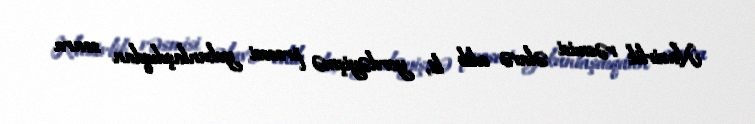
Nazirlik rəsmisi əlavə edib ki, yerdəyişmə prosesi yekunlaşdıqdan sonra